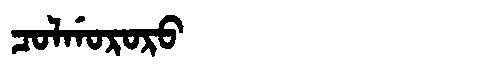
Manchu: ᠴᠣᠯᡤᠣᡵᠣᡵᠣ
Romanization: COLGORORO